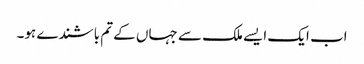
اب ایک ایسے ملک سے جہاں کے تم باشندے ہو۔